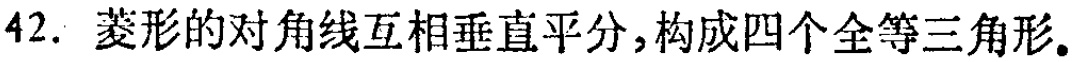
42. 菱形的对角线互相垂直平分，构成四个全等三角形。